Report on malaria in the Punjab during the year ...  together with an account of the work of the Punjab Malaria Bureau - Volume 1
Disease focus: Malaria
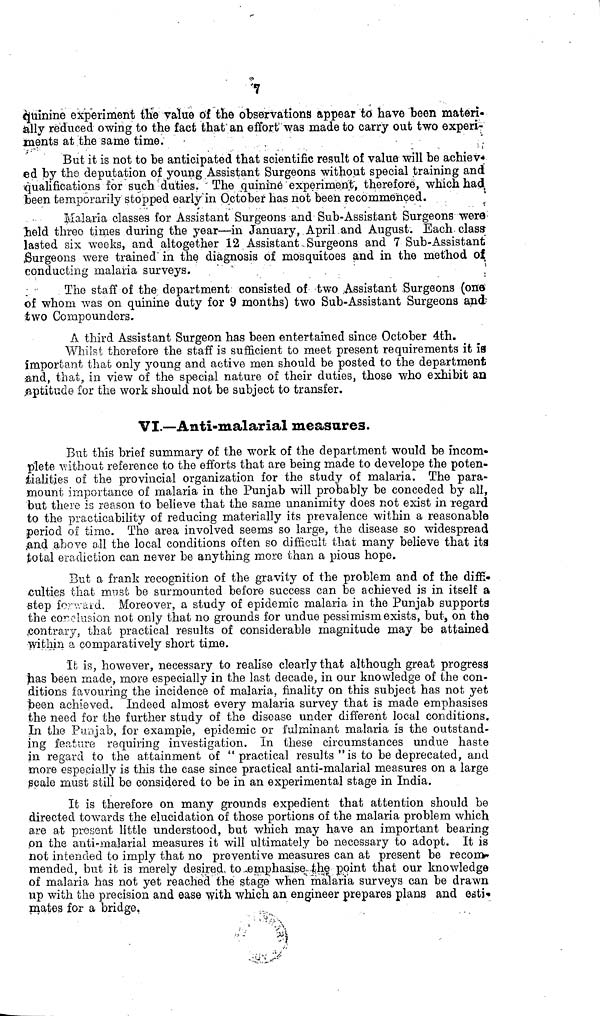
qüinine experiment the value of the observations appear to have been materi
ally reduced owing to the fact that an effort was made to carry out two experi-
ments at the same time.
But it is not to be anticipated that scientific result of value will be achiev
ed by the deputation of young Assistant Surgeons without special training and
qualifications for such duties. ' The quinine experiment', therefore, which had
been temporarily stopped early in October has not been recommenced.
Malaria classes for Assistant Surgeons and Sub-Assistant Surgeons were-
lield three times during the year—in January, April and August. Each class
lasted six weeks, and altogether 12 Assistant Surgeons and 7 Sub-Assistant
Burgeons were trained" in the diagnosis of mosquitoes and in the method of
conducting malaria surveys.
The staff of the department consisted of two Assistant Surgeons (one
of whom was on quinine duty for 9 months) two Sub-Assistant Surgeons and-
two Corapounders.
A third Assistant Surgeon has been entertained since October 4th.
Whilst therefore the staff is sufficient to meet present requirements it ia
important that only young and active men should be posted to the department
and, that, in view of the special nature of their duties, those who exhibit an
aptitude for the work should not be subject to transfer.
VI.—Anti-malarial measures.
But this brief summary of the work of the department would be income.
plete without reference to the efforts that are being made to develope the poten-
tialities of the provincial organization for the study of malaria. The para-
mount importance of malaria in the Punjab will probably be conceded by all,
but there is reason to believe that the same unanimity does not exist in regard
to the practicability of reducing materially its prevalence within a reasonable
period oí time. The area involved seems so large, the disease so widespread
and abovo all the local conditions often so difficult that many believe that its
total eradiction can never be anything more than a pious hope.
But a frank recognition of the gravity of the problem and of the
diffi
step forward. Moreover, a study of epidemic malaria in the Punjab supporta
the conclusion not only that no grounds for undue pessimism exists, but, on the
contrary, that practical results of considerable magnitude may be attained
within a comparatively short time.
It is, however, necessary to realise clearly that although great progress
has been made, more especially in the last decade, in our knowledge of the con-
ditions favouring the incidence of malaria, finality on this subject has not yet
been achieved. Indeed almost every malaria survey that is made emphasises
the need for the further study of the disease under different local conditions.
In the Punjab, for example, epidemic or fulminant malaria is the outstand-
ing feature requiring investigation. In these circumstances undue haste
in regard to the attainment of "practical results " is to be deprecated, and
more especially is this the case since practical anti-malarial measures on a large
scale must still be considered to be in an experimental stage in India.
It is therefore on many grounds expedient that attention should be
directed towards the elucidation of those portions of the malaria problem which
are at present little understood, but which may have an important bearing
on the anti-malarial measures it will ultimately be necessary to adopt. It is
not intended to imply that no preventive measures can at present be recom
mended, but it is merely desired, to emphasise the point that our knowledge
of malaria has not yet reached the stage when malaria surveys can be drawn
up with the precision and ease with which an engineer prepares plans and
mates for a bridge.